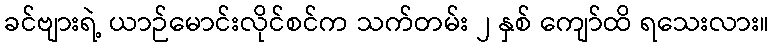
ခင်ဗျားရဲ့ ယာဉ်မောင်းလိုင်စင်က သက်တမ်း ၂ နှစ် ကျော်ထိ ရသေးလား။